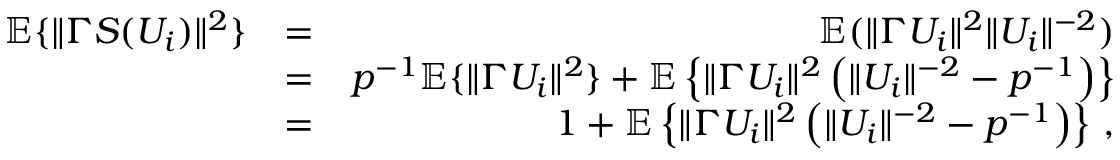
\begin{array} { r l r } { { \mathbb { E } } \{ \| \Gamma S ( U _ { i } ) \| ^ { 2 } \} } & { = } & { { \mathbb { E } } ( \| \Gamma U _ { i } \| ^ { 2 } \| U _ { i } \| ^ { - 2 } ) } \\ & { = } & { p ^ { - 1 } { \mathbb { E } } \{ \| \Gamma U _ { i } \| ^ { 2 } \} + { \mathbb { E } } \left\{ \| \Gamma U _ { i } \| ^ { 2 } \left( \| U _ { i } \| ^ { - 2 } - p ^ { - 1 } \right) \right\} } \\ & { = } & { 1 + { \mathbb { E } } \left\{ \| \Gamma U _ { i } \| ^ { 2 } \left( \| U _ { i } \| ^ { - 2 } - p ^ { - 1 } \right) \right\} \, , } \end{array}